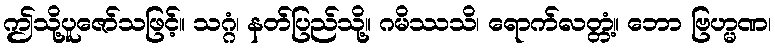
ဤသို့ပူဇော်သဖြင့်။ သဂ္ဂံ၊ နတ်ပြည်သို့။ ဂမိဿသိ၊ ရောက်လတ္တံ့။ ဘော ဗြဟ္မဏ၊